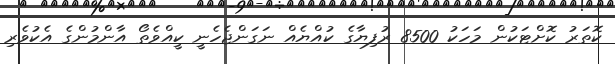
ކޮތަރު ކޮށްޓަކުން މަހަކު 8500 ރުފިޔާގެ ކުއްޔެއް ނަގަންޖެހެނީ ކީއްވެތޯ އާންމުންގެ އެކުވެރި